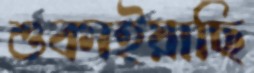
শুকাইয়াছি